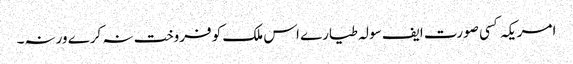
﻿ امریکہ کسی صورت ایف سولہ طیارے اس ملک کو فروخت نہ کرے ورنہ۔